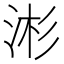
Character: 涁